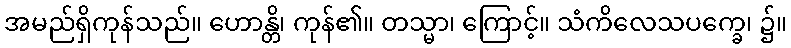
အမည်ရှိကုန်သည်။ ဟောန္တိ၊ ကုန်၏။ တသ္မာ၊ ကြောင့်။ သံကိလေသပက္ခေ၊ ၌။